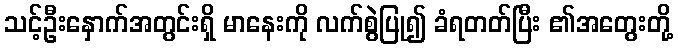
သင့်ဦးနှောက်အတွင်းရှိ မာနေးကို လက်စွဲပြု၍ ခံရတတ်ပြီး ၏အတွေးတို့